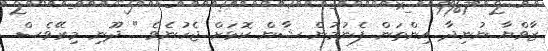
ޒާވްޔާ ނުނިދާ އިންތަން ފެނުމުން ޝާން ކޮޅަށް ޖެހުނެވެ " ދޫނި މިރޭވެސް